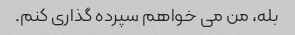
بله، من می خواهم سپرده گذاری کنم.